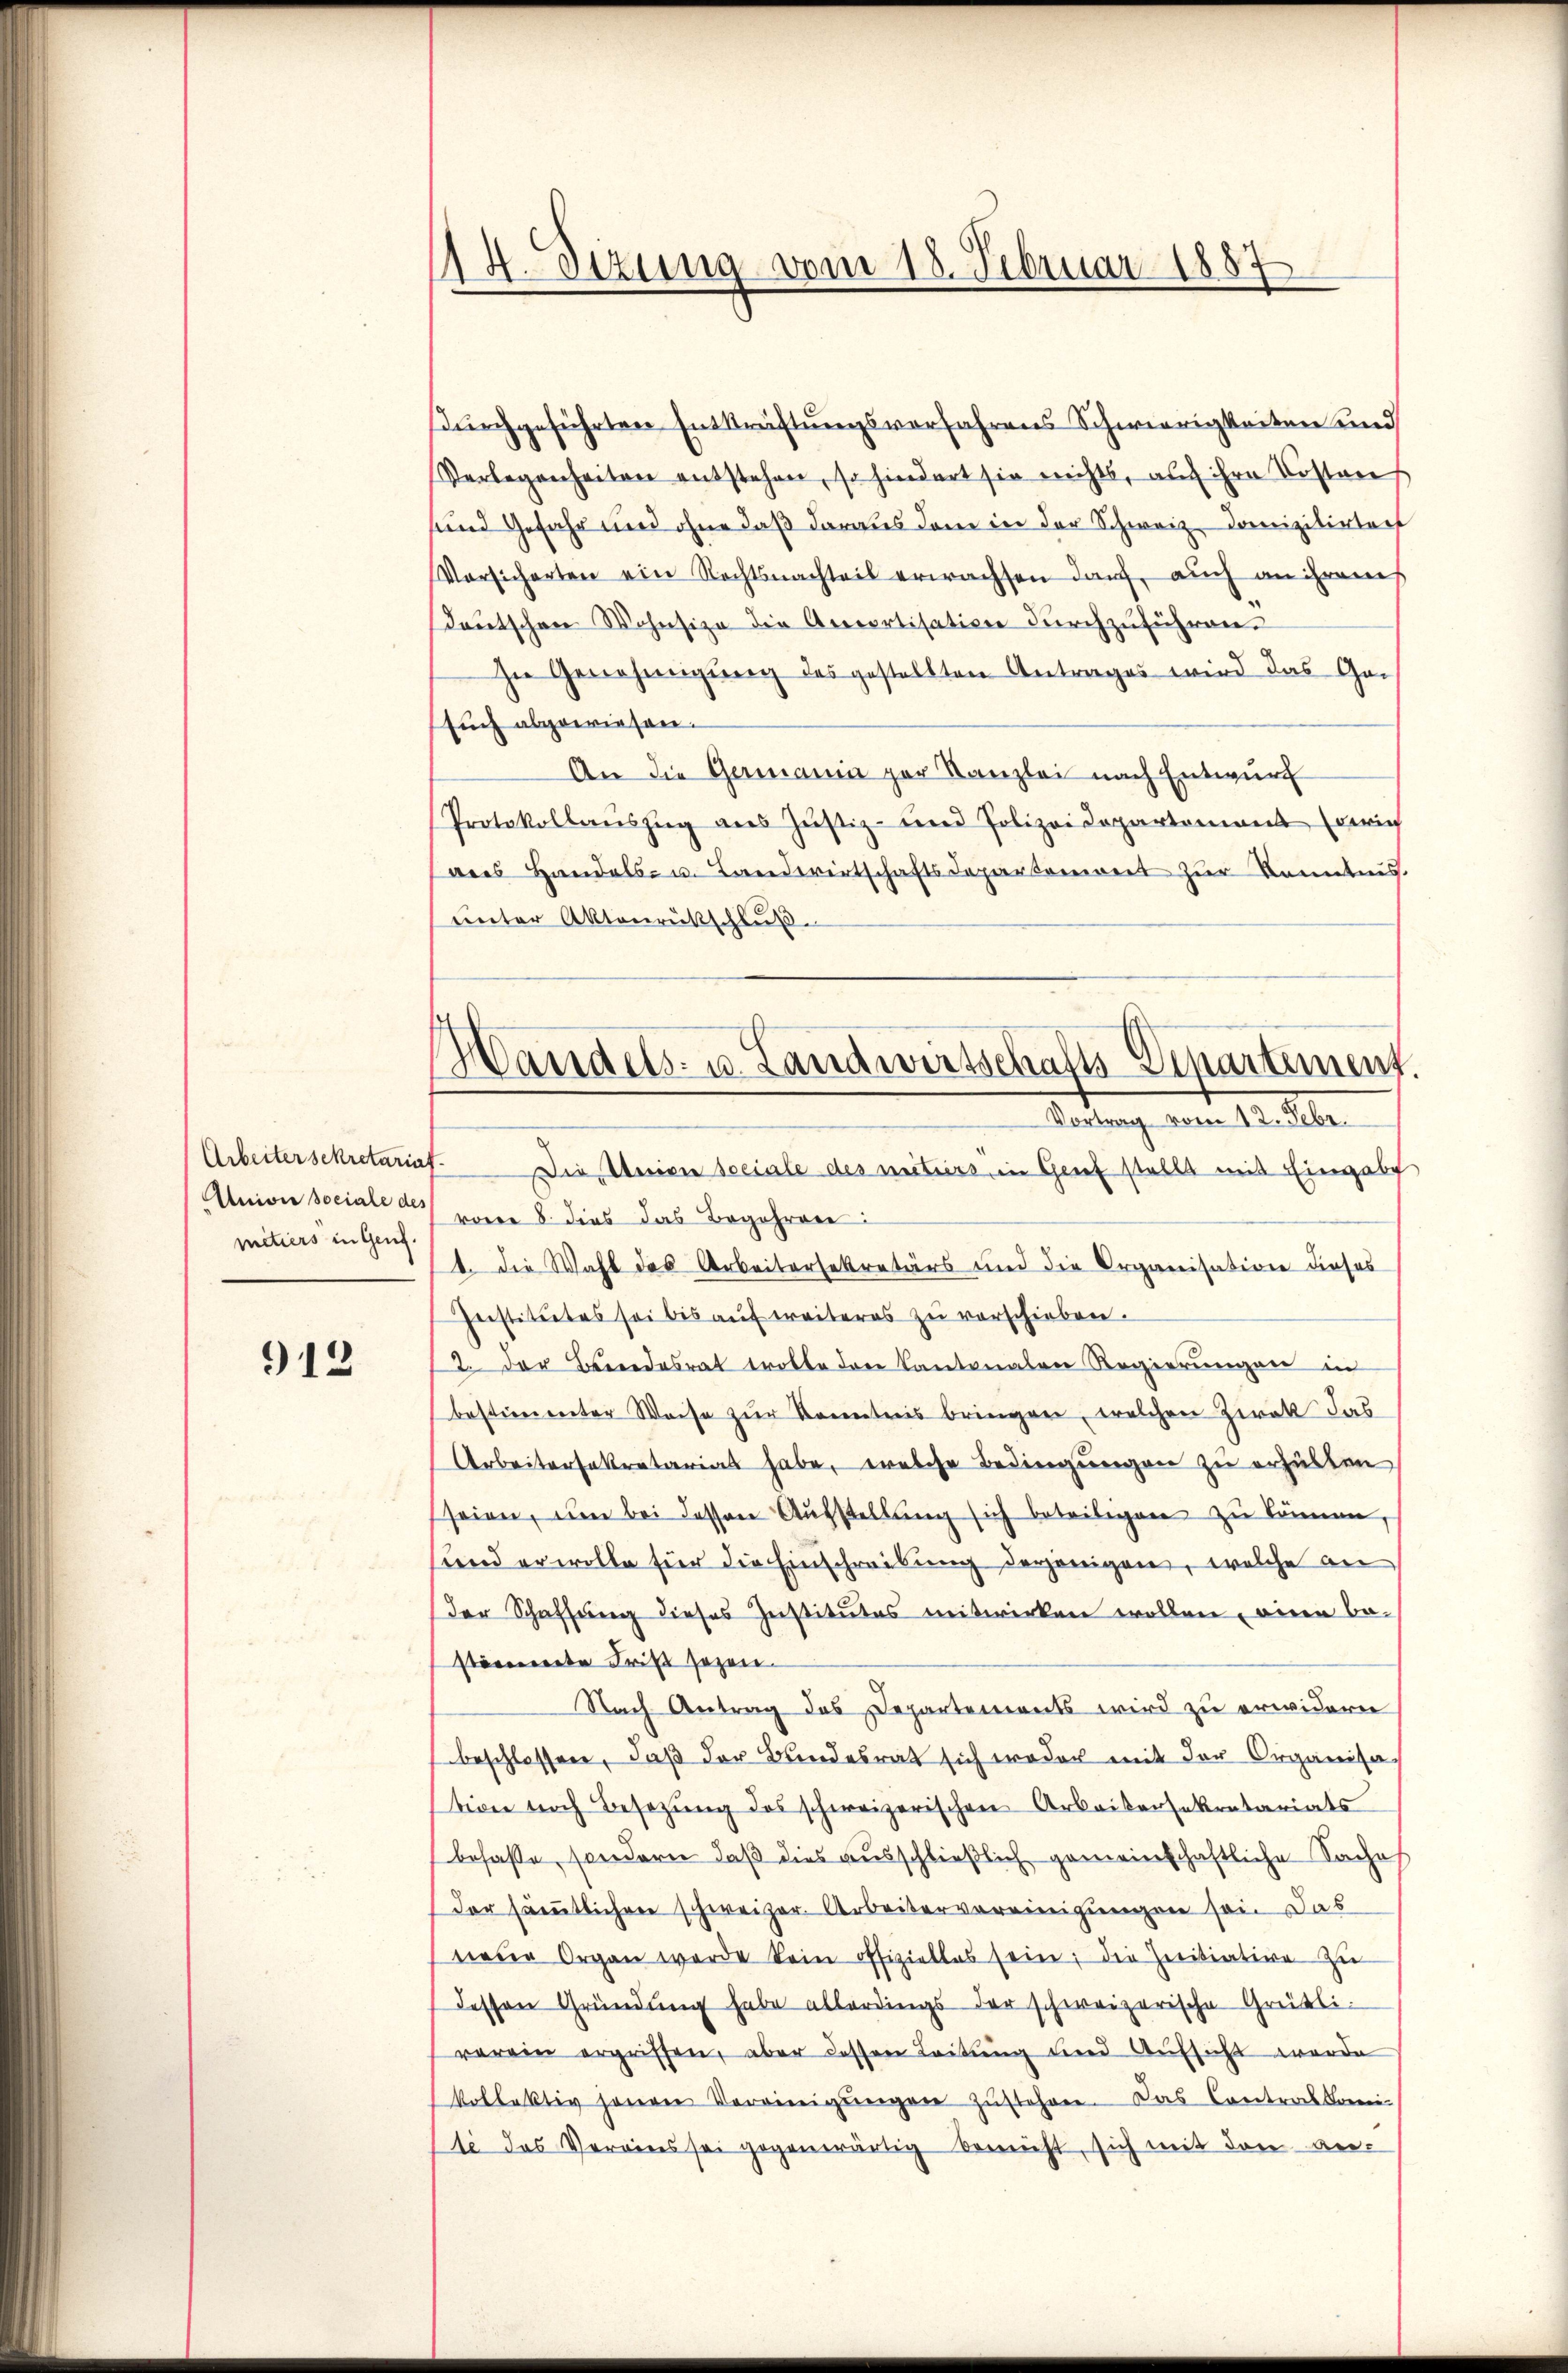
Arbeitersekretaria
Anion sociale des
mitiers in Genf.

912

14. Sizung vom 18. Februar 1887
e

durchgeführten Entkräftungsverfahrens Schwierigkeiten und
Verlegenheiten entstehen, so hindert sie nichts, auf ihre Kostens
sund Gefahr und ohne daß daraus den in der Schweiz Domizilirtert
Vorsicherten ein Rechtsnachteil erwachsen darf, auch an ihrem
Teutschen Wohnsize die Accortisation durchzuführen.
In Genehmigung des gestellten Antrages wird das Ge-
such abgewiesen.
An die Germania par Kanzlei nach Entwurf
Protokollanszug aus Justiz- und Polizeidepartement (gerich
des Handels- u. Landwirtschaftsdepartoniert zŭr Kenntnis.
unter Aktenrückschluß

Handels- u. Landwirtschafts-Departement.
Vortrag vom 12. Febr.

Die Univie sociale des mitiers in Grief stellt mit Eingabe
ronen 8. dies das Begehren:
1. Die Wahl des Arbeitersekretärs und die Organisation dieses
Institutes sei bis aŭf weiteres zŭ verschieben.
2. Der Beendesrat trotte den Kantonalen Regierungen in
bestimmter Weise zur Kenntnis bringen, welchen Zwak das
Arbeitersekretariat habe, welche Bedingungen zu erhalten
seien, ŭm bei dessen Aŭfstellŭng sich beteiligen zu können,
sund er wolle für die Einschreibung derjenigen, welche an
der Schaffung dieses Justitutes mitwirken wollen, einen be-
stämmerte Frist sezen.
Nach Antrag des Departements wird zu erwidern
beschlossen, daβ der Bundesrat sich weder mit der Organisa
tion noch Besizung des schweizerischen Arbeitersekretariats
befaße, sondern daß dies ausschließlich gemeinschaftliche Sache
der sämtlichen schweizer. Arbeitervereinigungen sei. Das
neue Organ werde kein offizielles sein; die Zenitiative zu
dessen Gründung habe allerdings der schweizerische Grütliverein ergriffen, aber dessen Leitŭng und Aufsicht werde
kollektiv jenen Vereinigŭngen zŭstehen. Das Contralkomi
le das Vereins sei gegenwärtig bemüht, sich mit den an¬